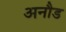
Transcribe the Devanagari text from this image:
अनौड